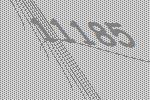
11185